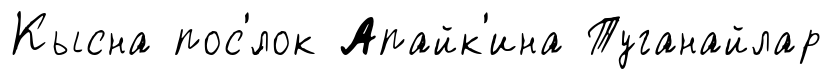
Кысна пос'́лок Апайк'ина Туганайлар